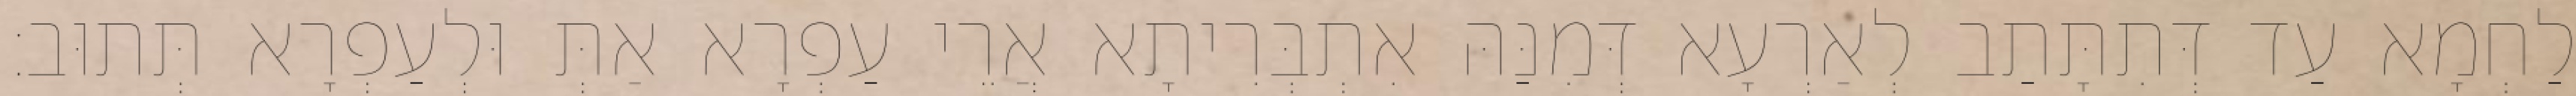
לַחְמָא עַד דְּתִתָּתַב לְאַרְעָא דְּמִנַּהּ אִתְבְּרִיתָא אֲרֵי עַפְרָא אַתְּ וּלְעַפְרָא תְּתוּב׃